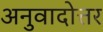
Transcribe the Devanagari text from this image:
अनुवादोत्तर